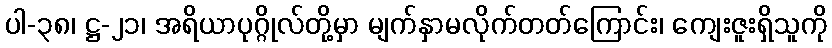
ပါ-၃၈၊ ဋ္ဌ-၂၁၊ အရိယာပုဂ္ဂိုလ်တို့မှာ မျက်နှာမလိုက်တတ်ကြောင်း၊ ကျေးဇူးရှိသူကို